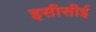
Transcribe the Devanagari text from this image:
इसीसीई